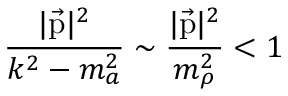
{ \frac { \vert \vec { \mathrm { p } } \vert ^ { 2 } } { k ^ { 2 } - m _ { a } ^ { 2 } } } \sim { \frac { \vert \vec { \mathrm { p } } \vert ^ { 2 } } { m _ { \rho } ^ { 2 } } } < 1